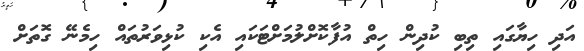
އަދި ހިޔާގައި ތިބި ކުދިން ހިތް އުފާކޮށްލުމަށްޓަކައި އެކި ކުޅިވަރުތައް ހިމެނޭ ގޮތަށް